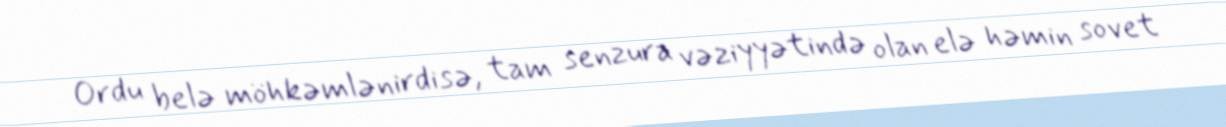
Ordu belə möhkəmlənirdisə, tam senzura vəziyyətində olan elə həmin sovet